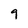
Character: 9